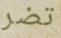
تضر